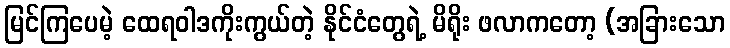
မြင်ကြပေမဲ့ ထေရဝါဒကိုးကွယ်တဲ့ နိုင်ငံတွေရဲ့ မိရိုး ဖလာကတော့ (အခြားသော